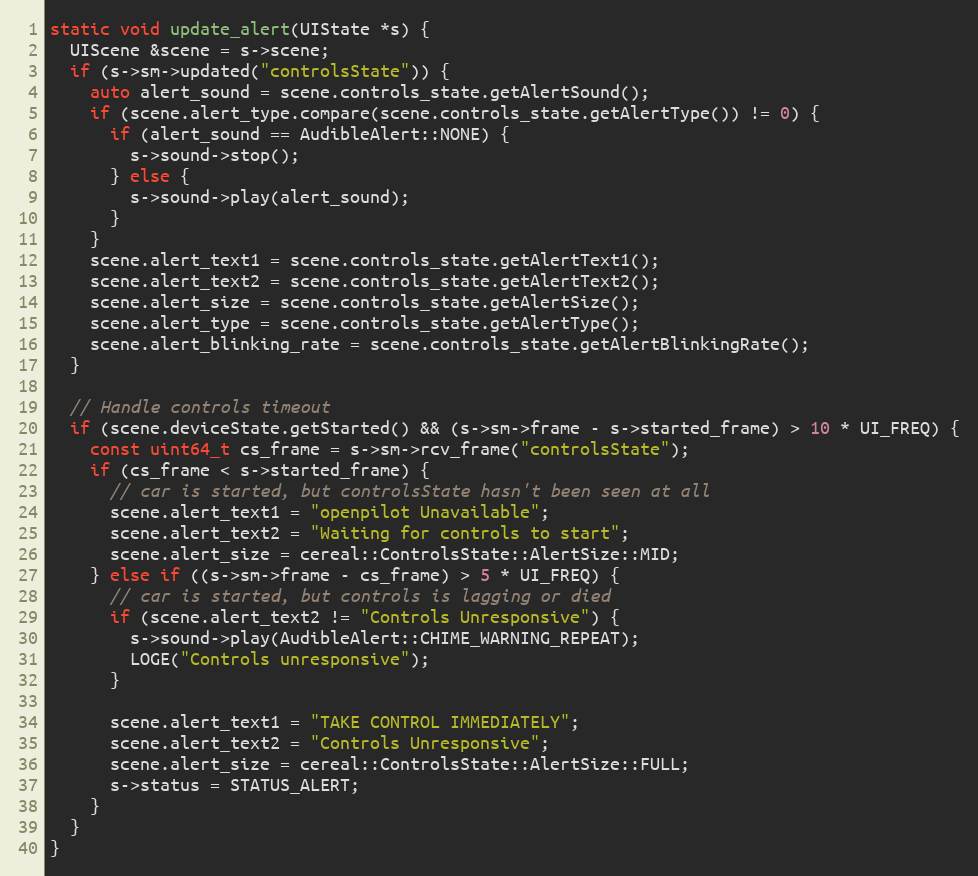
Language: C++
static void update_alert(UIState *s) {
  UIScene &scene = s->scene;
  if (s->sm->updated("controlsState")) {
    auto alert_sound = scene.controls_state.getAlertSound();
    if (scene.alert_type.compare(scene.controls_state.getAlertType()) != 0) {
      if (alert_sound == AudibleAlert::NONE) {
        s->sound->stop();
      } else {
        s->sound->play(alert_sound);
      }
    }
    scene.alert_text1 = scene.controls_state.getAlertText1();
    scene.alert_text2 = scene.controls_state.getAlertText2();
    scene.alert_size = scene.controls_state.getAlertSize();
    scene.alert_type = scene.controls_state.getAlertType();
    scene.alert_blinking_rate = scene.controls_state.getAlertBlinkingRate();
  }

  // Handle controls timeout
  if (scene.deviceState.getStarted() && (s->sm->frame - s->started_frame) > 10 * UI_FREQ) {
    const uint64_t cs_frame = s->sm->rcv_frame("controlsState");
    if (cs_frame < s->started_frame) {
      // car is started, but controlsState hasn't been seen at all
      scene.alert_text1 = "openpilot Unavailable";
      scene.alert_text2 = "Waiting for controls to start";
      scene.alert_size = cereal::ControlsState::AlertSize::MID;
    } else if ((s->sm->frame - cs_frame) > 5 * UI_FREQ) {
      // car is started, but controls is lagging or died
      if (scene.alert_text2 != "Controls Unresponsive") {
        s->sound->play(AudibleAlert::CHIME_WARNING_REPEAT);
        LOGE("Controls unresponsive");
      }

      scene.alert_text1 = "TAKE CONTROL IMMEDIATELY";
      scene.alert_text2 = "Controls Unresponsive";
      scene.alert_size = cereal::ControlsState::AlertSize::FULL;
      s->status = STATUS_ALERT;
    }
  }
}